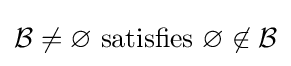
{\mathcal {B}}\neq \varnothing {\text{ satisfies }}\varnothing \not \in {\mathcal {B}}